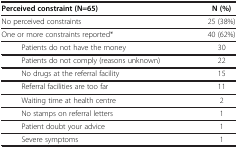
| Perceived constraint (N=65) | N (%) |
 | --- | --- |
 | No perceived constraints | 25 (38%) |
 | One or more constraints reported* | 40 (62%) |
 | Patients do not have the money | 30 |
 | Patients do not comply (reasons unknown) | 22 |
 | No drugs at the referral facility | 15 |
 | Referral facilities are too far | 11 |
 | Waiting time at health centre | 2 |
 | No stamps on referral letters | 1 |
 | Patient doubt your advice | 1 |
 | Severe symptoms | 1 |